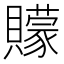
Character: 𮚩